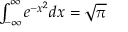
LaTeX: \textstyle \int _ { - \infty } ^ { \infty } e ^ { - x ^ { 2 } } d x = { \sqrt { \pi } }